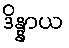
ဒိန္နာယ